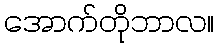
အောက်တိုဘာလ။